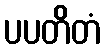
ပပတိတံ